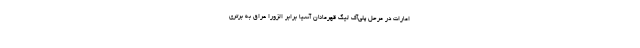
امارات در مرحل پلی‌آف لیگ قهرمانان آسیا برابر الزورا عراق به برتری